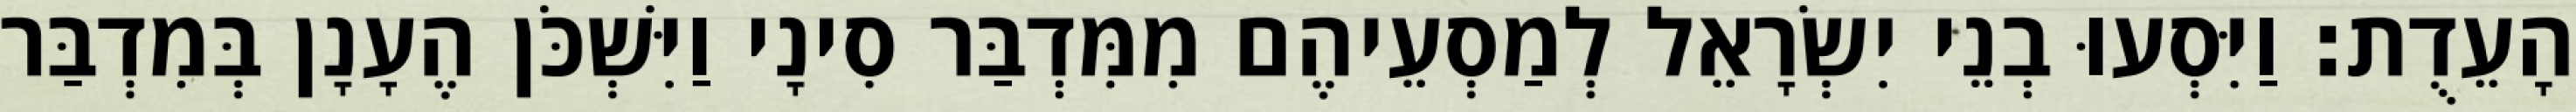
הָעֵדֻת׃ וַיִּסְעוּ בְנֵי יִשְׂרָאֵל לְמַסְעֵיהֶם מִמִּדְבַּר סִינָי וַיִּשְׁכֹּן הֶעָנָן בְּמִדְבַּר